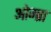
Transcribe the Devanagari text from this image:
ओम्ब्रा